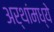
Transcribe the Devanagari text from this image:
अर्थांमध्ये